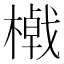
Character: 𣛔